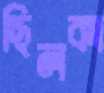
ছিলকা